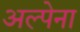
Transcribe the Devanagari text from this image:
अल्पेना